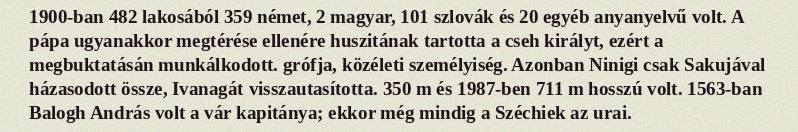
1900-ban 482 lakosából 359 német, 2 magyar, 101 szlovák és 20 egyéb anyanyelvű volt. A pápa ugyanakkor megtérése ellenére huszitának tartotta a cseh királyt, ezért a megbuktatásán munkálkodott. grófja, közéleti személyiség. Azonban Ninigi csak Sakujával házasodott össze, Ivanagát visszautasította. 350 m és 1987-ben 711 m hosszú volt. 1563-ban Balogh András volt a vár kapitánya; ekkor még mindig a Széchiek az urai.